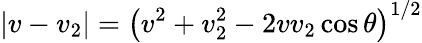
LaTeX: |v-v_{2}|=\left(v^{2}+v_{2}^{2}-2vv_{2}\cos\theta\right)^{1/2}